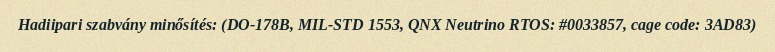
Hadiipari szabvány minősítés: (DO-178B, MIL-STD 1553, QNX Neutrino RTOS: #0033857, cage code: 3AD83)